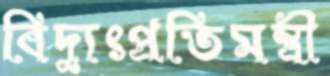
বিদ্যুৎপ্রতিমন্ত্রী